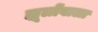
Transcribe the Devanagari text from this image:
झूलोंवाला